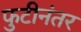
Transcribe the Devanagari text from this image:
फुटीनंतर